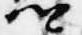
卿